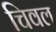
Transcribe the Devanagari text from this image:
चिवल